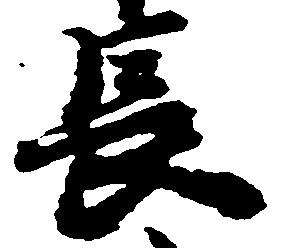
長